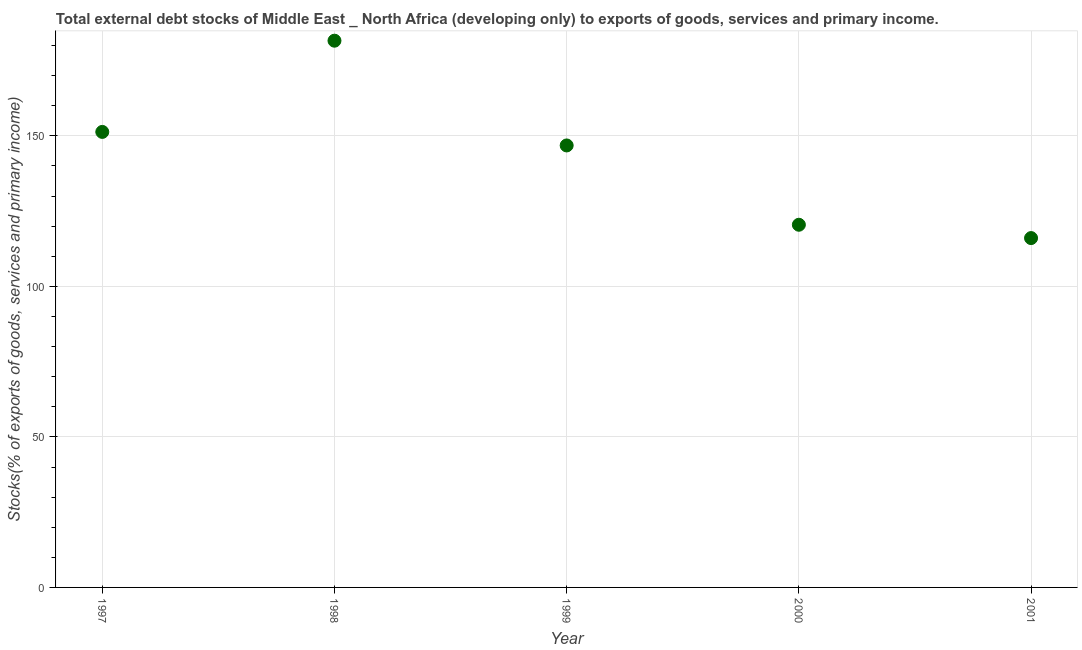
| Year | External debt stocks (% of exports of goods |
 | --- | --- |
 | 1997 | 151 |
 | 1998 | 182 |
 | 1999 | 147 |
 | 2000 | 120 |
 | 2001 | 116 |